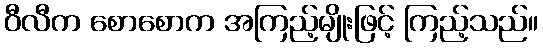
ဝီလီက စောစောက အကြည့်မျိုးဖြင့် ကြည့်သည်။